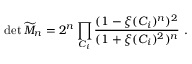
\operatorname * { d e t } { \widetilde { \cal M } _ { n } } = 2 ^ { n } \prod _ { C _ { i } } { \frac { ( 1 - \xi ( C _ { i } ) ^ { n } ) ^ { 2 } } { ( 1 + \xi ( C _ { i } ) ^ { 2 } ) ^ { n } } } ~ .